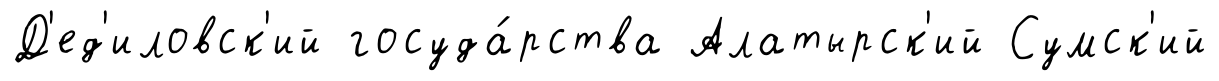
Д'ед'иловск'ий госуда́рства Алатырск'ий Сумск'ий